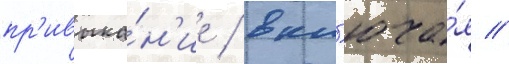
пр'ивыка́н'ие / вкл'юча́я //